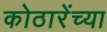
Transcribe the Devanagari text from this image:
कोठारेंच्या